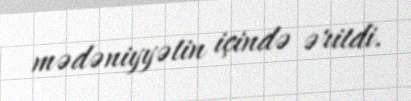
mədəniyyətin içində əritdi.